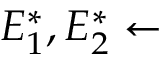
E _ { 1 } ^ { \ast } , E _ { 2 } ^ { \ast } \gets